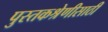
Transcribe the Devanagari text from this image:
पुस्तकश्रेणीसाठी